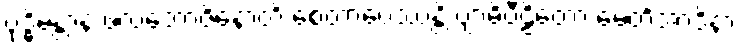
ဗုဒ္ဓိမန္တာနံ ဖလဘောဇိနောတိ စေတာပေဿန္တိ ဗျာဓိပီဠိတော မေတိအာဒိနာ